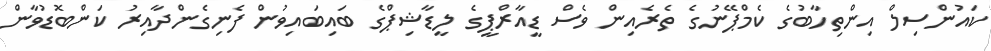
ކައުންސިލް އިންތިހާބުގެ ކެމްޕޭނުގެ ތެރެއިން ވެސް ޑީއާރްޕީގެ ލީޑާޝިޕްގެ ބައިބައިވުން ފެނިގެންދާއިރު ކަންބޮޑުވާން